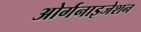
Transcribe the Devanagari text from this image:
ओर्गनाइजेशन